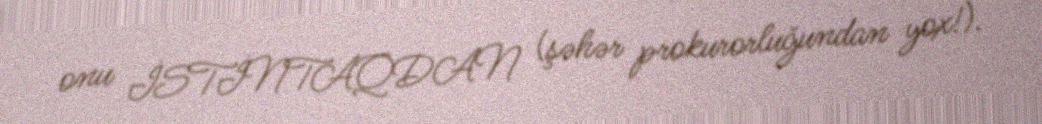
onu İSTİNTAQDAN (şəhər prokurorluğundan yox!).